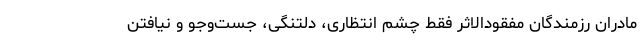
مادران رزمندگان مفقودالاثر فقط چشم انتظاری، دلتنگی، جست‌وجو و نیافتن